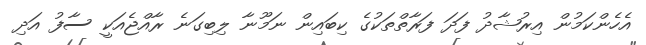
އެހެންކަމުން އިރުޝާދު ފަދަ ފަރާތްތަކުގެ ކިބައިން ނަމޫނާ ލިބިގަނެ ރާއްޖެއަކީ ސާފު އަދި